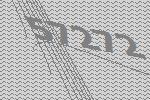
57272